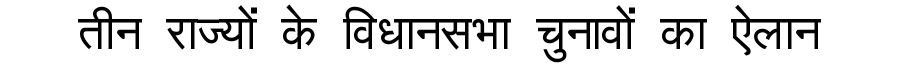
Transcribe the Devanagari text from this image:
तीन राज्यों के विधानसभा चुनावों का ऐलान